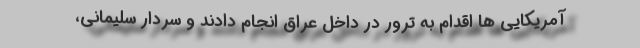
آمریکایی ها اقدام به ترور در داخل عراق انجام دادند و سردار سلیمانی،